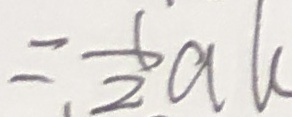
= \frac { 1 } { 2 } a k